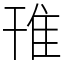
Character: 䧲